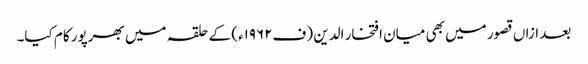
بعد ازاں قصور میں بھی میان افتخار الدین (ف۱۹۶۲ء) کے حلقہ میں بھرپور کام کیا۔